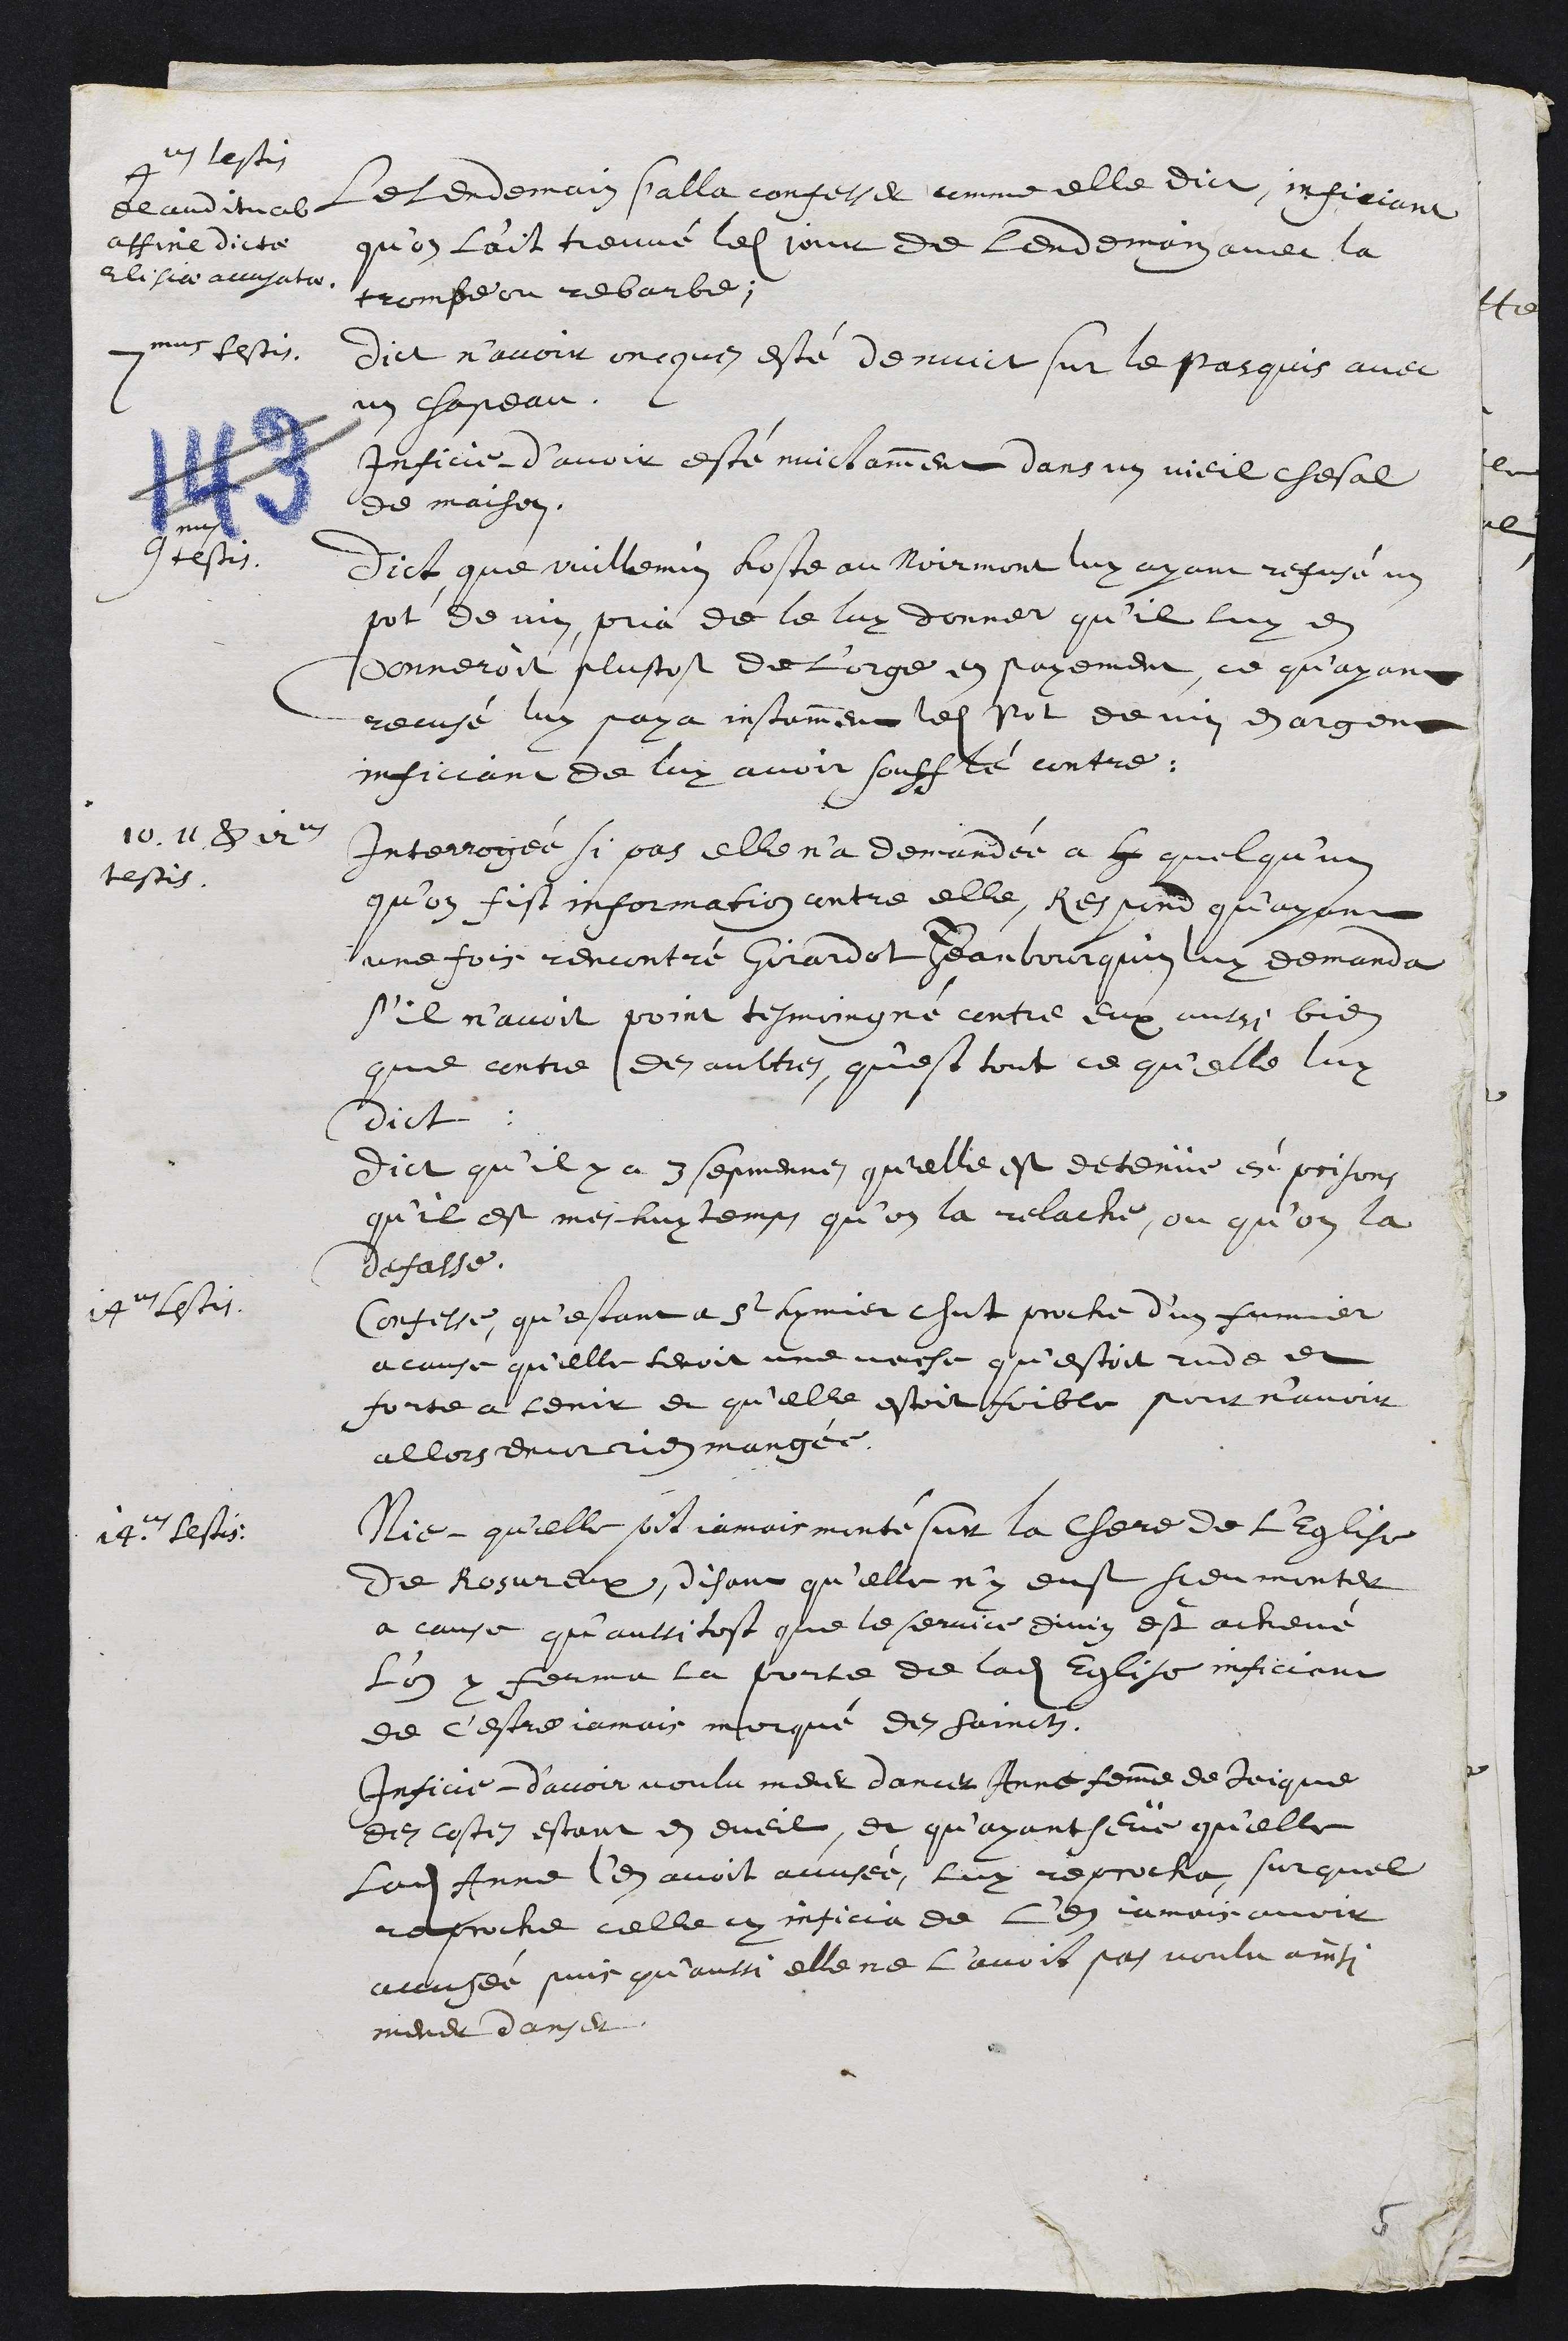
4us testis
de auditu ab
affine dictae
Elisiae accusator
Le lendemain s'alla confesser comme elle dict inficiant
qu'on l'ait treuvé ledit jour de lendemain avec la
trompe ou rebarbe,
7mus testis.
dict n’avoir oncque esté de nuict sur le Pasquis avec
un chapeau
Inficie d’avoir esté nuictamment dans un vieil chesal
de maison.
9nus testis.
Dict que vuillemin Loste au Noirmont luy ayant refusé un
pot de vin, pria de le luy donner qu'il luy en
donneroit plustost de l'orge en payement, ce qu'ayant
recusé luy paya instamment ledit pot de vin en argent
inficiant de luy avoir soufflé contre
10. 11 & 12us
testis
Interrogée si pas elle n’a demandée a G quelqu'un
qu’on fist information contre elle, Respond qu’ayant
une fois rencontré Girardot Jeanbourquin luy demanda
s’il n’avoit point tesmoingné contre eux aussi bien
que contre des aultres, qu'est tout ce qu'elle luy
dict
Dict qu'il y a 3 sepmennes qu'elle est detenüe ès prisons
qu'il est meshuy temps qu’on la relache, ou qu’on la
defasse.
14us testis
Confesse, qu’estant a St hymier chut proche d’un fumier
a cause quelle tenoit une vache qu'estoit rude et
forte a tenir et qu'elle estoit foible pour n'avoir
allors encor rien mangée.
14us testis.
Nie, qu'elle soit jamais monté sur la chere de l’Eglise
de Rosureux, disant qu'elle n’y eust sceu monter
a cause qu’aussi tost que le service divin est achevé
l'on y ferme la porte de ladite Eglise inficiant
de c'estre jamais mocqué des saincts
Inficie d’avoir voulu mener dancer Anne femme de Jeique
des costes estant en eveil, et qu'ayant seüe qu'elle
Ladite Anne l'en avoit acusée, luy reprocha, surquel
reproche celle cy inficia de l'en jamais avoir
accusée puis qu’aussi elle ne l’avoit pas voulu ainsi
mener danser
5